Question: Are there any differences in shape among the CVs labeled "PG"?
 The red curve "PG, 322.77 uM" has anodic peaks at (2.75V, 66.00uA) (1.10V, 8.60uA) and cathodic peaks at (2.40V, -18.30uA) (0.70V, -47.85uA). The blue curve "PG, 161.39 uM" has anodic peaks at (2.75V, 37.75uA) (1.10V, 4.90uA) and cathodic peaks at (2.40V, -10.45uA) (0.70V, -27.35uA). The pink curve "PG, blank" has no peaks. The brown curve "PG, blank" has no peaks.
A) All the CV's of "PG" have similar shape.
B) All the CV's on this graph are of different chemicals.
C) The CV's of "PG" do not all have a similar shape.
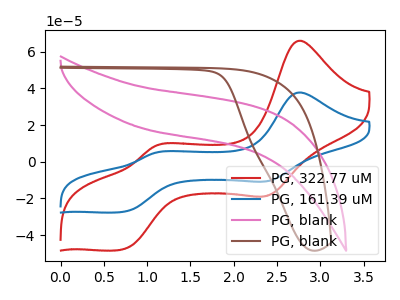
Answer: <think>All the peaks in "PG, 322.77 uM" have a peak in "PG, 161.39 uM" at the same potential. Every peak in "PG, 322.77 uM" is higher than every peak in "PG, 161.39 uM". "PG, 322.77 uM" and "PG, blank" have a different number of peaks. "PG, 322.77 uM" and "PG, blank" have a different number of peaks. "PG, 161.39 uM" and "PG, blank" have a different number of peaks. "PG, 161.39 uM" and "PG, blank" have a different number of peaks. Neither "PG, blank" or "PG, blank" have any peaks.
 </think>
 <answer>A) All the CV's of "PG" have similar shape.</answer>
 <eval>A</eval>